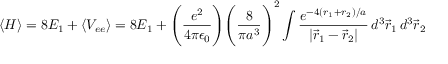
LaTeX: \langle H \rangle = 8 E _ { 1 } + \langle V _ { e e } \rangle = 8 E _ { 1 } + { \Bigg ( } { \frac { e ^ { 2 } } { 4 \pi \epsilon _ { 0 } } } { \Bigg ) } { \Bigg ( } { \frac { 8 } { \pi a ^ { 3 } } } { \Bigg ) } ^ { 2 } \int { \frac { e ^ { - 4 ( r _ { 1 } + r _ { 2 } ) / a } } { | { \vec { r } } _ { 1 } - { \vec { r } } _ { 2 } | } } \, d ^ { 3 } { \vec { r } } _ { 1 } \, d ^ { 3 } { \vec { r } } _ { 2 }